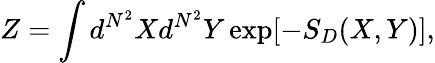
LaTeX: Z=\int d^{N^{2}}Xd^{N^{2}}Y\exp[-S_{D}(X,Y)],